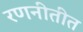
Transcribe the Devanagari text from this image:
रणनीतीत